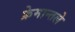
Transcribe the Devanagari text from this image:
फ्रेमान्तले